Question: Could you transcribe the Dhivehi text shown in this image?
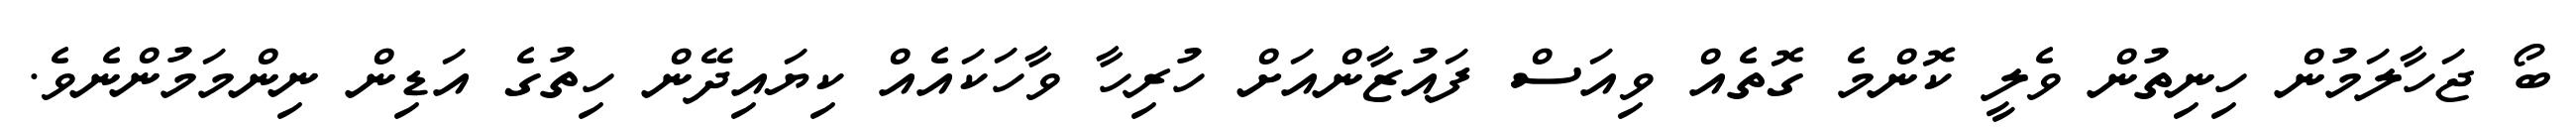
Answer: ބޯ ޖަހާލަމުން ހިނިތުން ވެލީ ކޮންމެ ގޮތެއް ވިއަސް ފައުޒާންއަށް ހުރިހާ ވާހަކައެއް ކިޔައިދޭން ހިތުގެ އަޑިން ނިންމަމުންނެވެ.